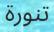
تنورة